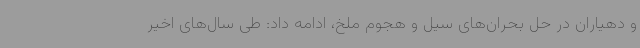
و دهیاران در حل بحران‌های سیل و هجوم ملخ، ادامه داد: طی سال‌های اخیر